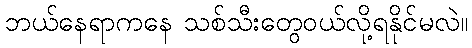
ဘယ်နေရာကနေ သစ်သီးတွေဝယ်လို့ရနိုင်မလဲ။